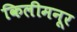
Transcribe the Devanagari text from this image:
किलीमनूर